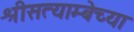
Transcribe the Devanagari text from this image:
श्रीसत्याम्बेच्या